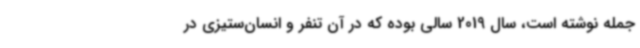
جمله نوشته است، سال 2019 سالی بوده که در آن تنفر و انسان‌ستیزی در